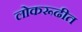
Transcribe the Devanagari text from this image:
लोकरूढीत